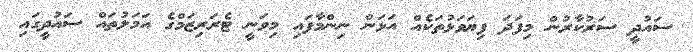
ސައުދީ ސަރުކާރުން މިފަދަ ފިޔަވަޅުތަކެއް އަޅަން ނިންމާފައި މިވަނީ ޓެރަރިޒަމްގެ އަމަލުތައް ސައުދީގައި